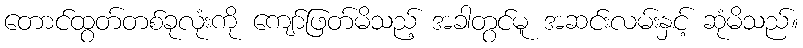
တောင်ထွတ်တစ်ခုလုံးကို ကျော်ဖြတ်မိသည့် အခါတွင်မူ အဆင်းလမ်းနှင့် ဆုံမိသည်။